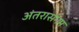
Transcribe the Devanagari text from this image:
अंतरासंगम